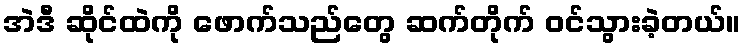
အဲဒီ ဆိုင်ထဲကို ဖောက်သည်တွေ ဆက်တိုက် ဝင်သွားခဲ့တယ်။